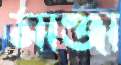
মাঞ্জা